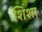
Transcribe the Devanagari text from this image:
शिंशा